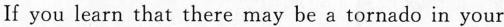
If you learn that there may be a tornado in your